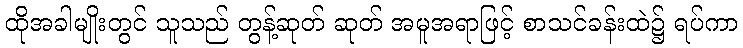
ထိုအခါမျိုးတွင် သူသည် တွန့်ဆုတ် ဆုတ် အမူအရာဖြင့် စာသင်ခန်းထဲ၌ ရပ်ကာ